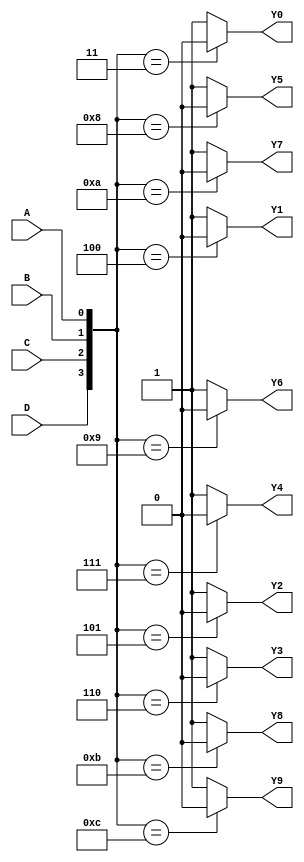
module FOURTO10_1_a(input D , input C , input B , input A , output Y0 , output Y1 , output Y2 , output Y3 , output Y4 , output Y5 , output Y6 , output Y7 , output Y8 , output Y9);
assign Y0 = ({D,C,B,A} == 4'b0011) ? 1'b0 : 1'b1;
assign Y1 = ({D,C,B,A} == 4'b0100) ? 1'b0 : 1'b1;
assign Y2 = ({D,C,B,A} == 4'b0101) ? 1'b0 : 1'b1;
assign Y3 = ({D,C,B,A} == 4'b0110) ? 1'b0 : 1'b1;
assign Y4 = ({D,C,B,A} == 4'b0111) ? 1'b0 : 1'b1;
assign Y5 = ({D,C,B,A} == 4'b1000) ? 1'b0 : 1'b1;
assign Y6 = ({D,C,B,A} == 4'b1001) ? 1'b0 : 1'b1;
assign Y7 = ({D,C,B,A} == 4'b1010) ? 1'b0 : 1'b1;
assign Y8 = ({D,C,B,A} == 4'b1011) ? 1'b0 : 1'b1;
assign Y9 = ({D,C,B,A} == 4'b1100) ? 1'b0 : 1'b1;
endmodule